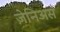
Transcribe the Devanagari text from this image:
ज़ेनिअस